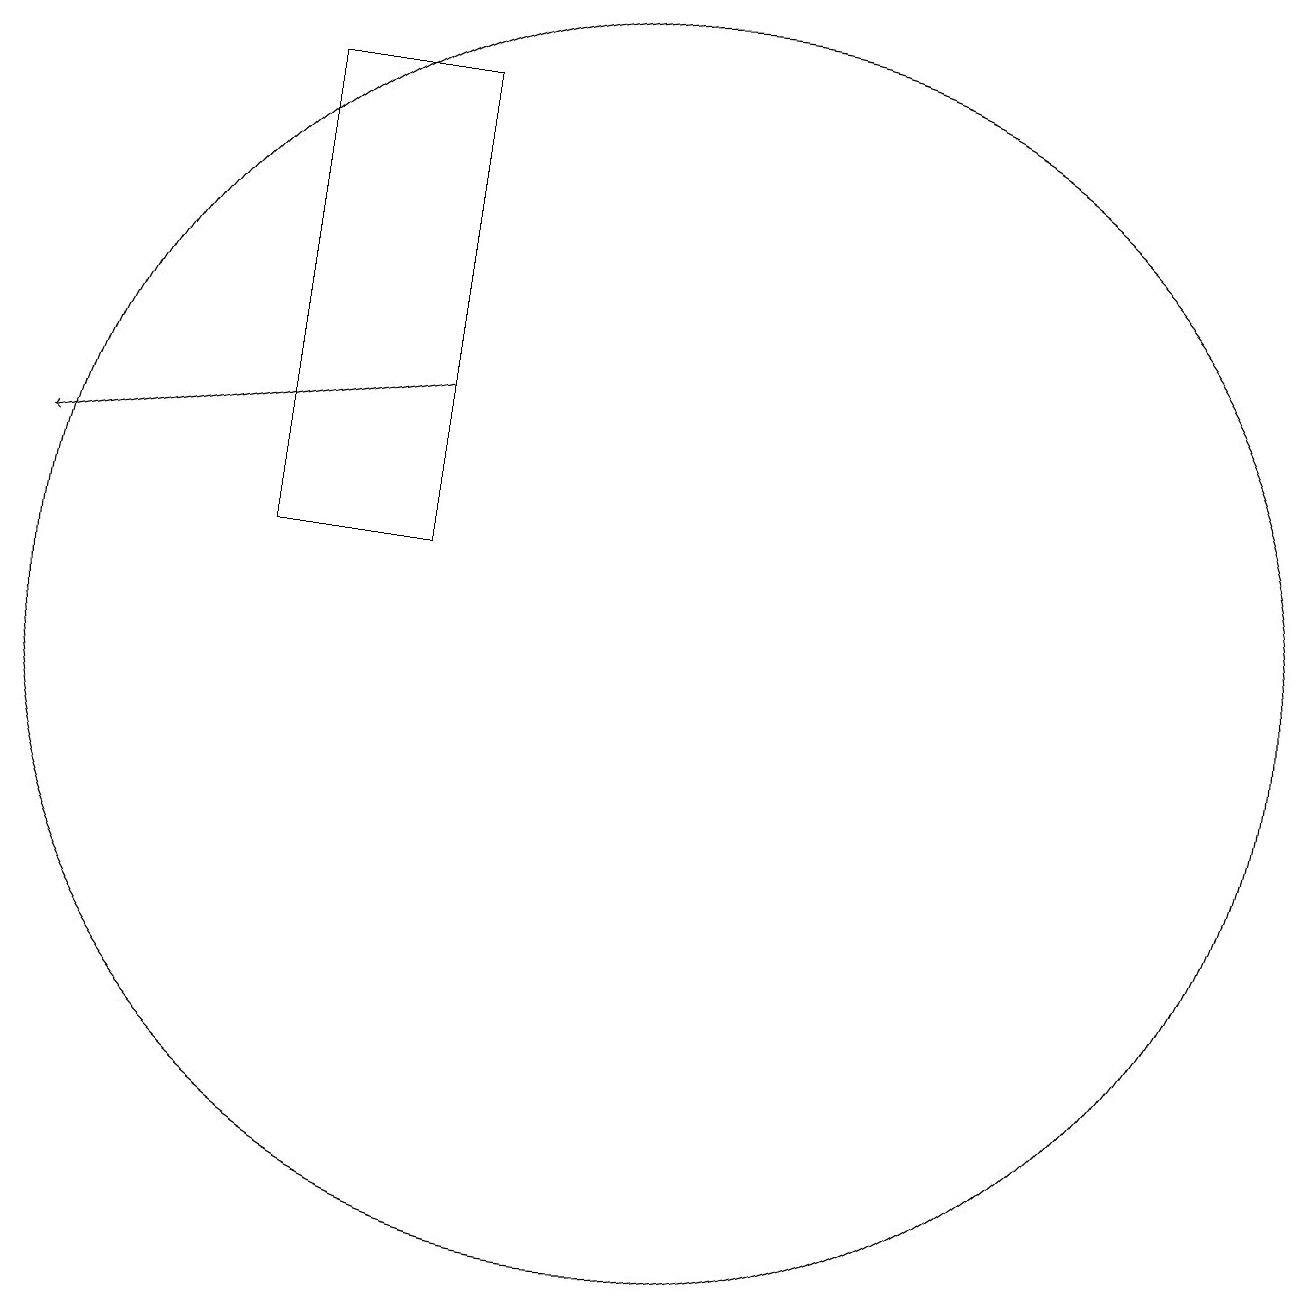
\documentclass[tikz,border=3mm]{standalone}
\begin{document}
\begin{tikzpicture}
\draw (6,13) rectangle (8,19);
\draw (11,12) circle (8);
\draw[->] (8,15) -- (3,14);
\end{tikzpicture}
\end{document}